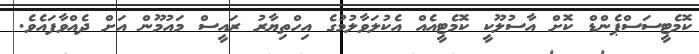
ކޮމެޓީސަސްޕެންޑް ކޮށް އާސުލޫކީ ކޮމެޓީއެއް އެކުލަވާލުމުގެ އިހްތިޔާރު ރައީސް މައުމޫން އަށް ދެއްވާފައެވެ.